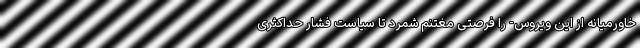
خاورمیانه از این ویروس- را فرصتی مغتنم شمرد تا سیاست فشار حداکثری